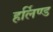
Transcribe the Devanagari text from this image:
हर्लिण्ड